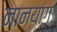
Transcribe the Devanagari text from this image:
नानयांग